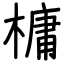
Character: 槦